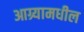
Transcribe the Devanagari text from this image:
आग्र्यामधील